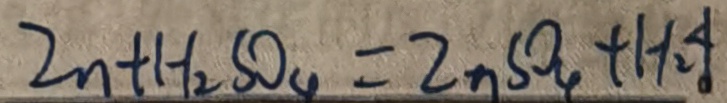
Z n + H _ { 2 } S O _ { 4 } = Z n S O _ { 4 } + H _ { 2 } \uparrow